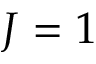
J = 1